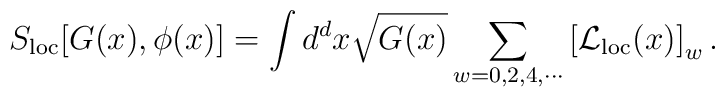
S_{\rm loc}[G(x),\phi(x)]=\int d^dx\sqrt{G(x)}\sum_{w=0,2,4,\cdots} \left[ {\cal L}_{\rm loc}(x)\right]_w.